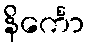
နိင်္ကော